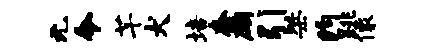
无令芊犬培奈鹧引桀约跳像